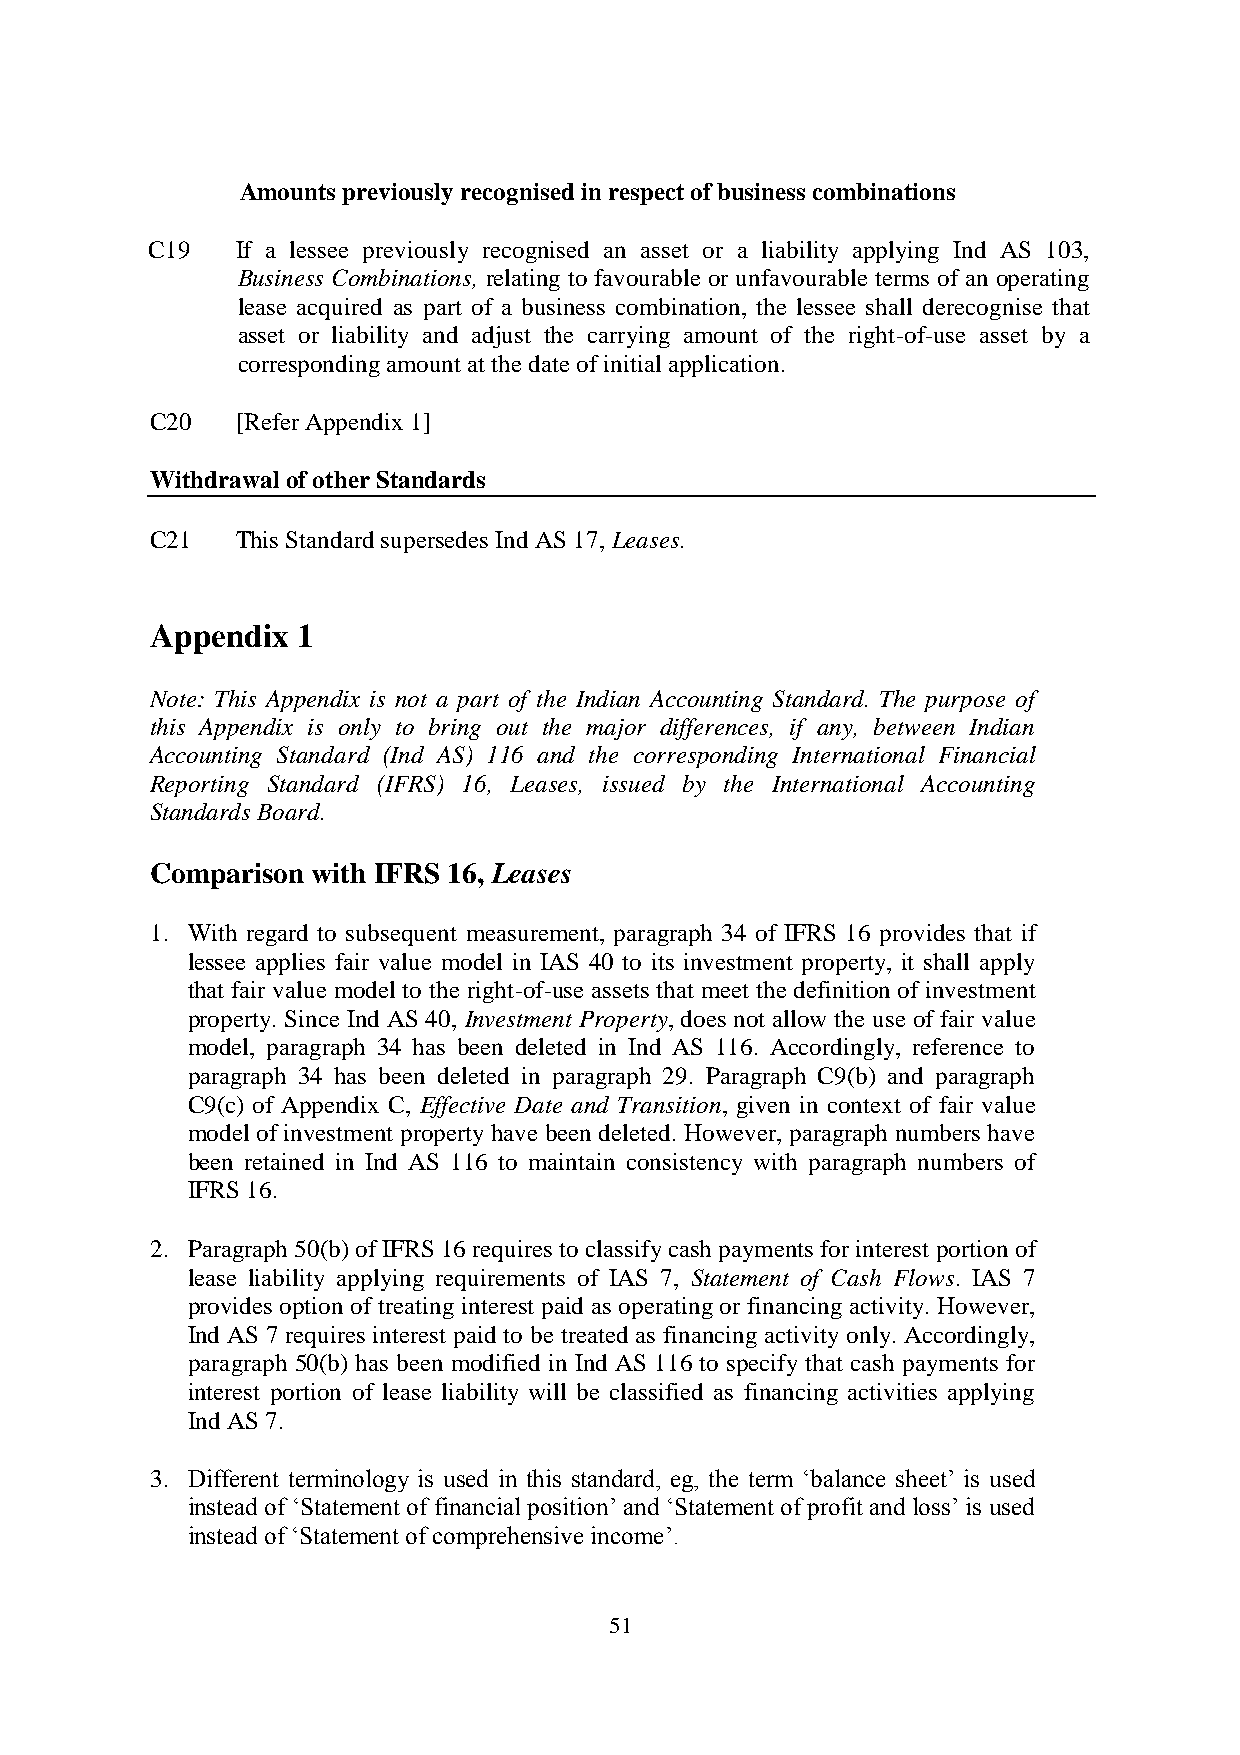
Amounts previously recognised in respect of business combinations
 C19   If a lessee previously recognised an asset or a liability applying Ind AS 103,
 Business Combinations, relating to favourable or unfavourable terms of an operating
 lease acquired as part of a business combination, the lessee shall derecognise that
 asset or liability and adjust the carrying amount of the right-of-use asset by a
 corresponding amount at the date of initial application.
 C20   [Refer Appendix 1]
 Withdrawal of other Standards
 C21   This Standard supersedes Ind AS 17, Leases.
 Appendix  1
 Note: This Appendix is not a part of the Indian Accounting Standard. The purpose of
 this Appendix is only to bring out the major differences, if any, between Indian
 Accounting Standard (Ind AS) 116 and the corresponding International Financial
 Reporting Standard (IFRS) 16, Leases, issued by the International Accounting
 Standards Board.
 Comparison with IFRS 16, Leases
 1. With regard to subsequent measurement, paragraph 34 of IFRS 16 provides that if
 lessee applies fair value model in IAS 40 to its investment property, it shall apply
 that fair value model to the right-of-use assets that meet the definition of investment
 property. Since Ind AS 40, Investment Property, does not allow the use of fair value
 model, paragraph 34 has been deleted in Ind AS 116. Accordingly, reference to
 paragraph 34 has been deleted in paragraph 29. Paragraph C9(b) and paragraph
 C9(c) of Appendix C, Effective Date and Transition, given in context of fair value
 model of investment property have been deleted. However, paragraph numbers have
 been retained in Ind AS 116 to maintain consistency with paragraph numbers of
 IFRS 16.
 2. Paragraph 50(b) of IFRS 16 requires to classify cash payments for interest portion of
 lease liability applying requirements of IAS 7, Statement of Cash Flows. IAS 7
 provides option of treating interest paid as operating or financing activity. However,
 Ind AS 7 requires interest paid to be treated as financing activity only. Accordingly,
 paragraph 50(b) has been modified in Ind AS 116 to specify that cash payments for
 interest portion of lease liability will be classified as financing activities applying
 Ind AS 7.
 3. Different terminology is used in this standard, eg, the term ‘balance sheet’ is used
 instead of ‘Statement of financial position’ and ‘Statement of profit and loss’ is used
 instead of ‘Statement of comprehensive income’.
 51